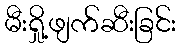
မီးရှို့ဖျက်ဆီးခြင်း